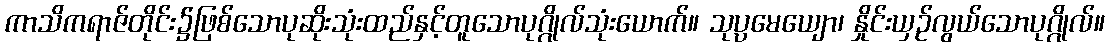
ကာသိကရာဇ်တိုင်း၌ဖြစ်သောပုဆိုးသုံးထည်နှင့်တူသောပုဂ္ဂိုလ်သုံးယောက်။ သုပ္ပမေယျော၊ နှိုင်းယှဉ်လွယ်သောပုဂ္ဂိုလ်။